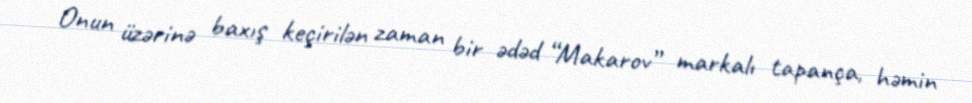
Onun üzərinə baxış keçirilən zaman bir ədəd “Makarov” markalı tapança, həmin